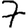
Digit: 7